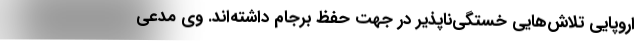
اروپایی‌ تلاش‌هایی خستگی‌ناپذیر در جهت حفظ برجام داشته‌اند. وی مدعی